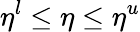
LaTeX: \eta^{l}\leq\eta\leq\eta^{u}